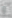
و